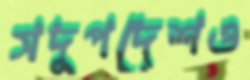
সদুপদেশও